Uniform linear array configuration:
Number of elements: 64
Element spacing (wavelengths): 1
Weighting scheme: hamming
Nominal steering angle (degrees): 45
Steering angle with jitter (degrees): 43.672
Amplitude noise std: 0.05
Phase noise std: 0.05

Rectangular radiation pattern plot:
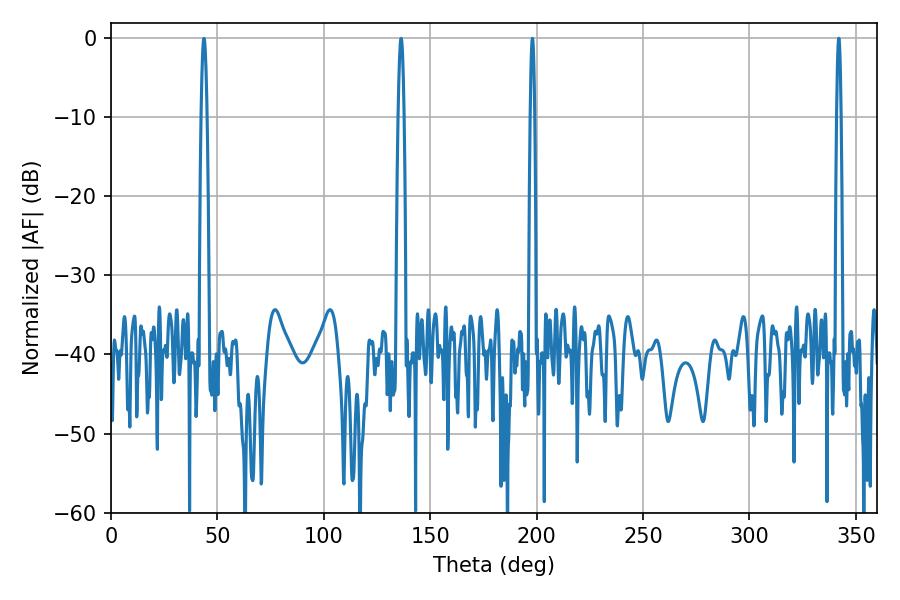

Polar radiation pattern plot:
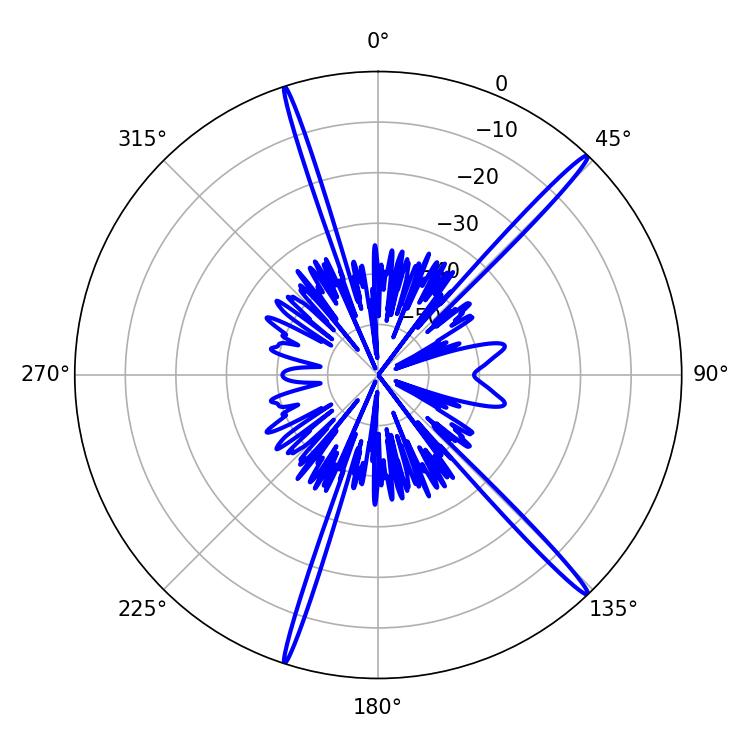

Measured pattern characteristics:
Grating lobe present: TRUE
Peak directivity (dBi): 18.66
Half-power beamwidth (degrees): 1.08
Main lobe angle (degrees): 342